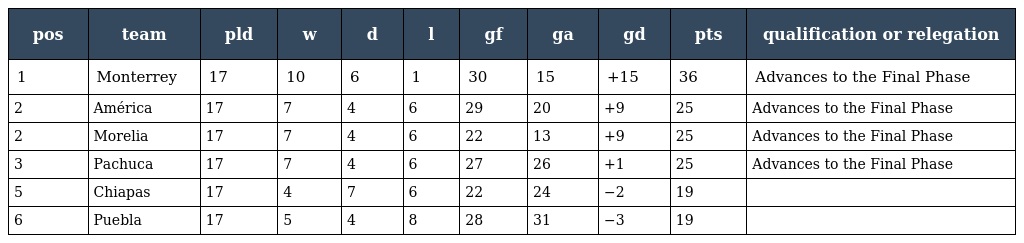
| pos | team | pld | w | d | l | gf | ga | gd | pts | qualification or relegation |
 | --- | --- | --- | --- | --- | --- | --- | --- | --- | --- | --- |
 | 1 | Monterrey | 17 | 10 | 6 | 1 | 30 | 15 | +15 | 36 | Advances to the Final Phase |
 | 2 | América | 17 | 7 | 4 | 6 | 29 | 20 | +9 | 25 | Advances to the Final Phase |
 | 2 | Morelia | 17 | 7 | 4 | 6 | 22 | 13 | +9 | 25 | Advances to the Final Phase |
 | 3 | Pachuca | 17 | 7 | 4 | 6 | 27 | 26 | +1 | 25 | Advances to the Final Phase |
 | 5 | Chiapas | 17 | 4 | 7 | 6 | 22 | 24 | −2 | 19 |  |
 | 6 | Puebla | 17 | 5 | 4 | 8 | 28 | 31 | −3 | 19 |  |